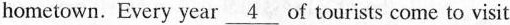
hometown. Eve Γy year \underline{4}of tourists come to visit